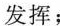
Jane's List